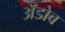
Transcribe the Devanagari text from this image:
अॅडोब